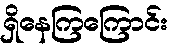
ရှိနေကြကြောင်း